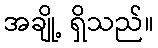
အချို့ ရှိသည်။